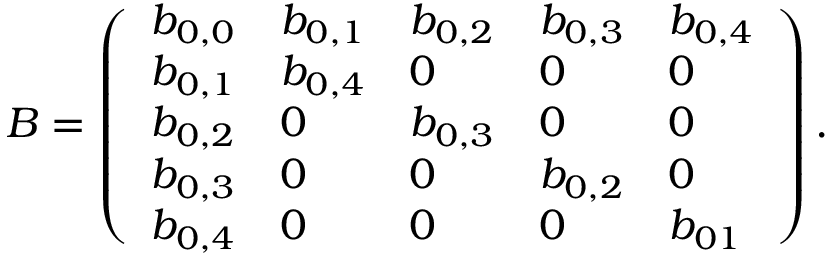
B = \left( \begin{array} { l l l l l } { b _ { 0 , 0 } } & { b _ { 0 , 1 } } & { b _ { 0 , 2 } } & { b _ { 0 , 3 } } & { b _ { 0 , 4 } } \\ { b _ { 0 , 1 } } & { b _ { 0 , 4 } } & { 0 } & { 0 } & { 0 } \\ { b _ { 0 , 2 } } & { 0 } & { b _ { 0 , 3 } } & { 0 } & { 0 } \\ { b _ { 0 , 3 } } & { 0 } & { 0 } & { b _ { 0 , 2 } } & { 0 } \\ { b _ { 0 , 4 } } & { 0 } & { 0 } & { 0 } & { b _ { 0 1 } } \end{array} \right) .